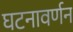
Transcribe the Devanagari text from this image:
घटनावर्णन